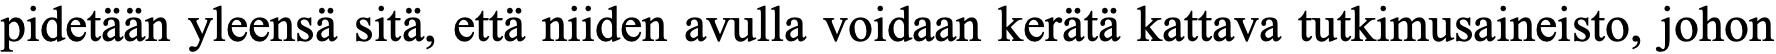
pidetään yleensä sitä, että niiden avulla voidaan kerätä kattava tutkimusaineisto, johon